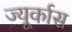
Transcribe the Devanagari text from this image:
ज्यूर्कास